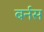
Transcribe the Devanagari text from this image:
बर्नस